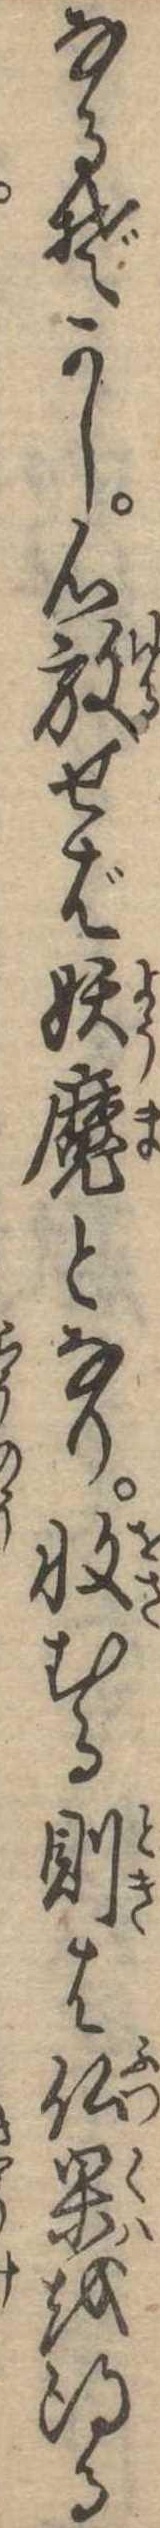
なるぞかし心放せば妖魔となり収むる則は仏果を得る